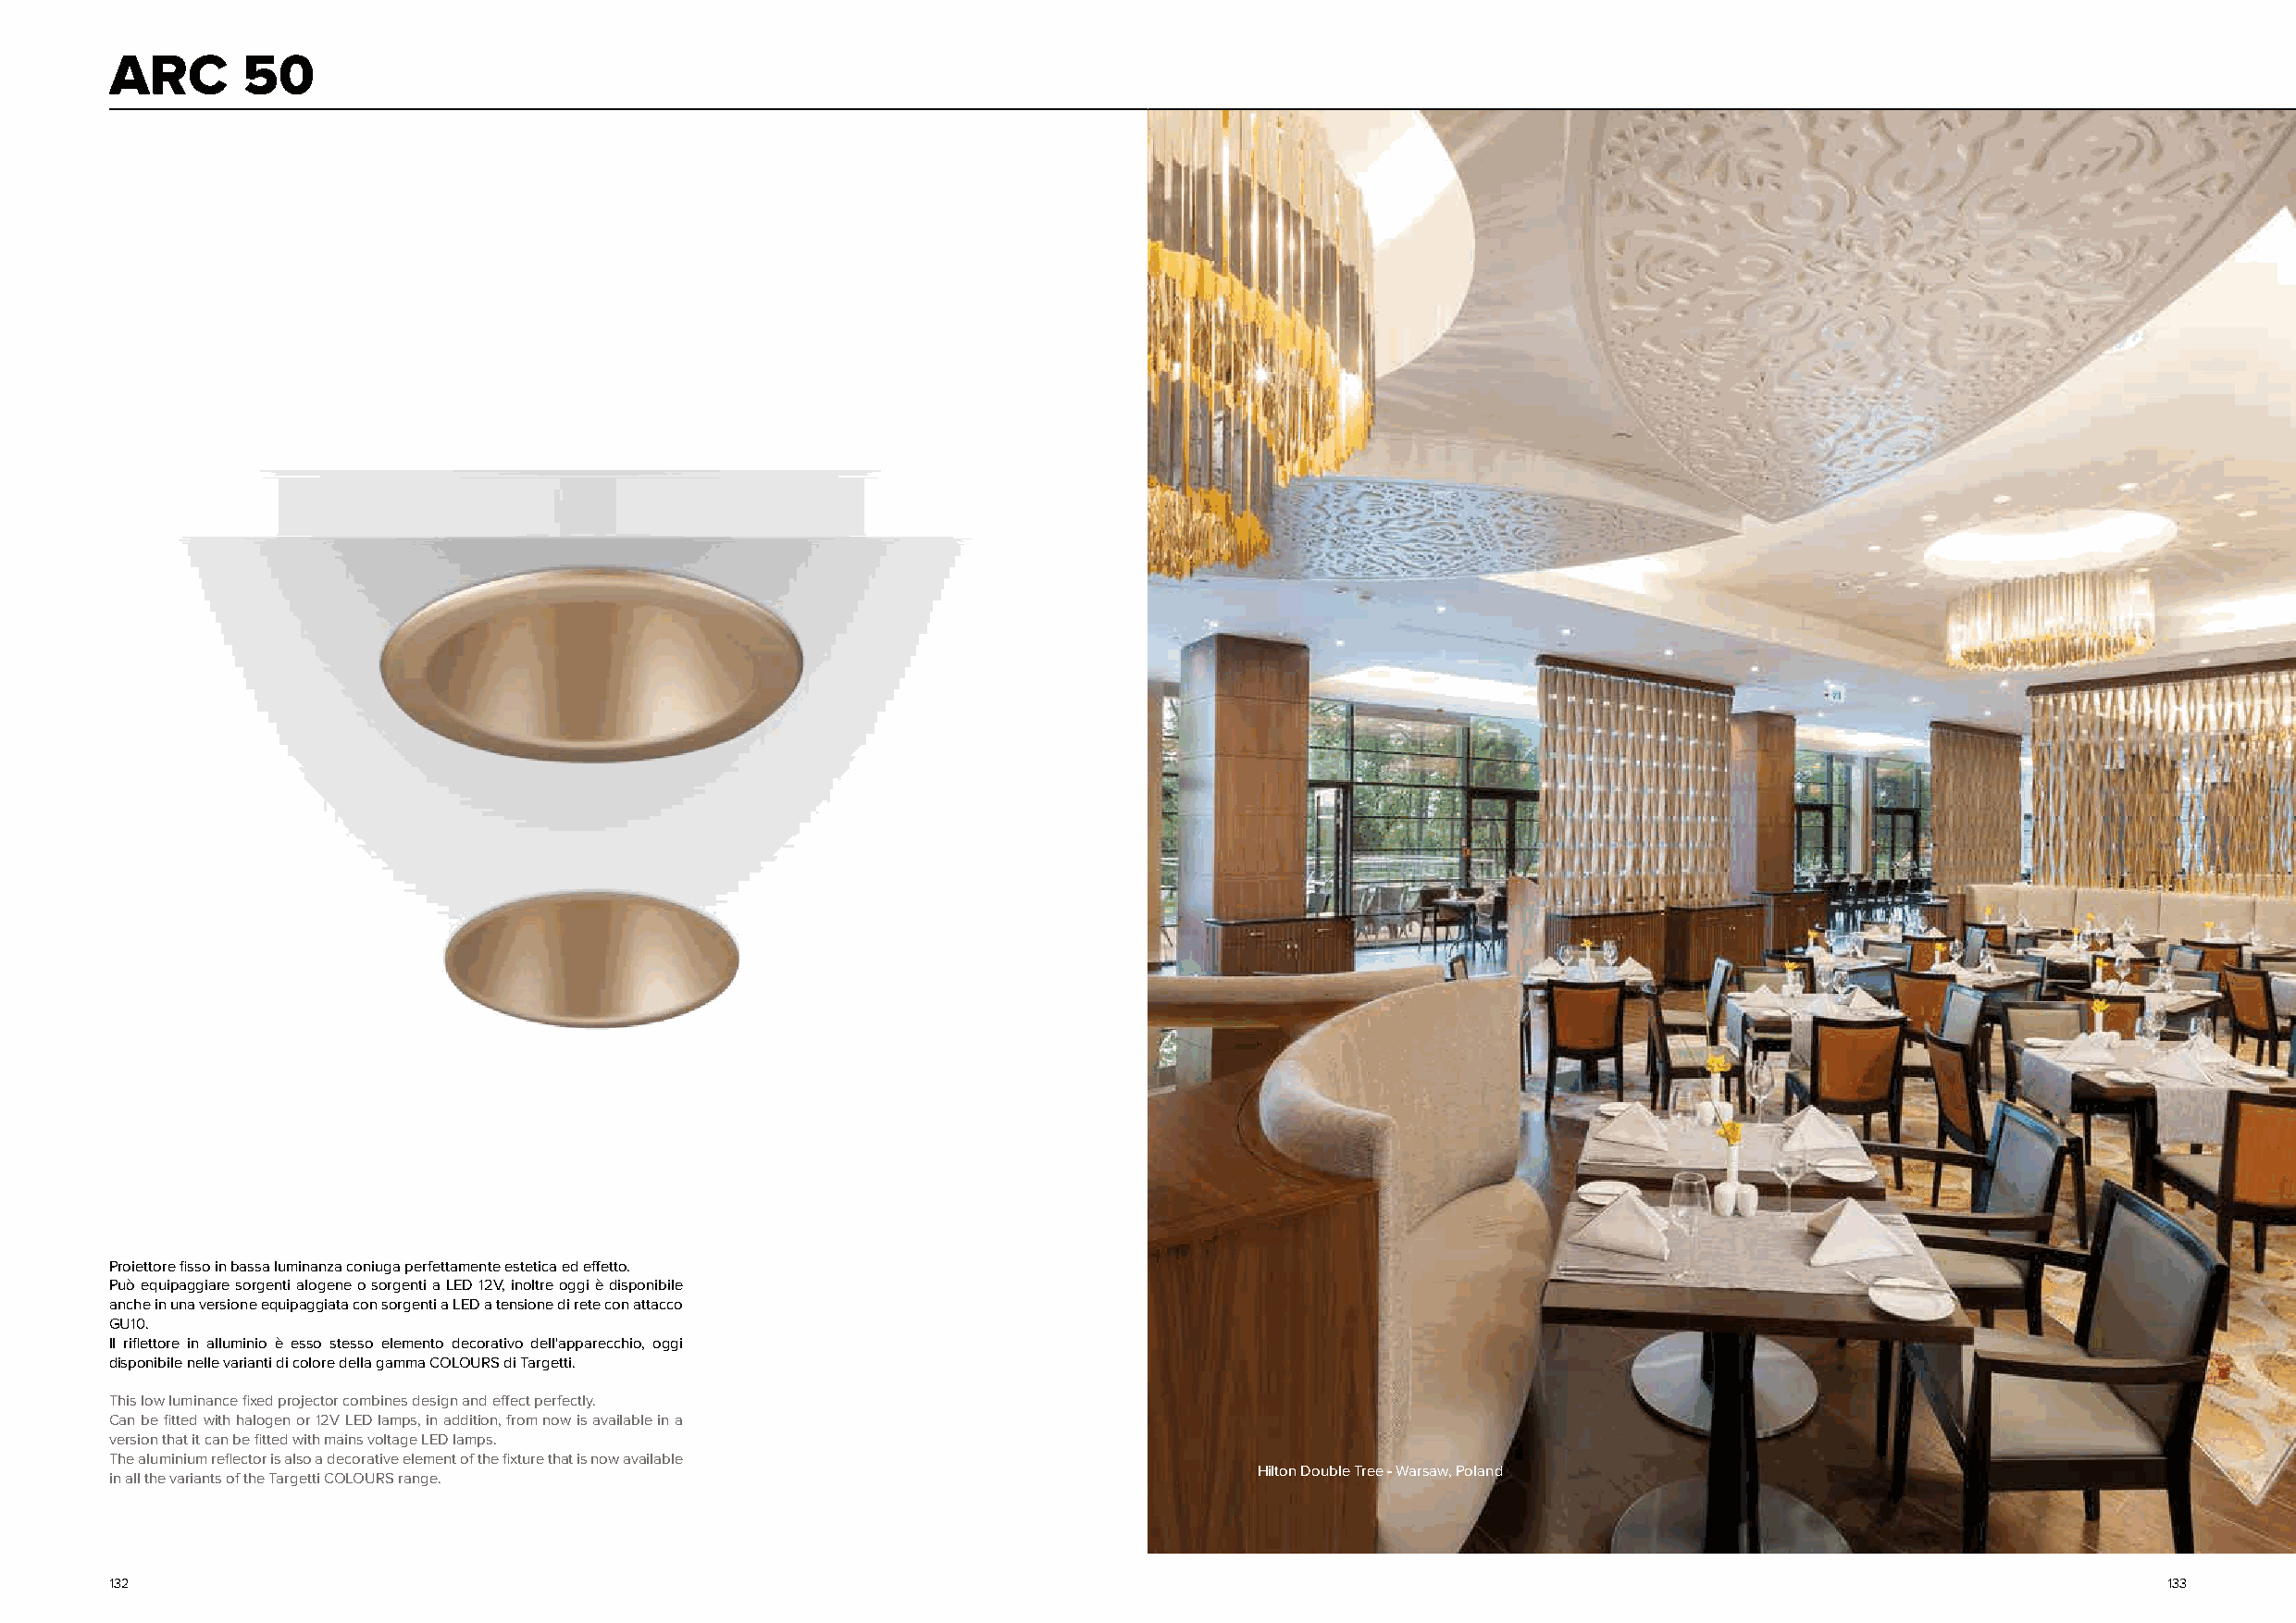
ARC      50
 Proiettore fisso in bassa luminanza coniuga perfettamente estetica ed effetto.
 Può equipaggiare sorgenti alogene o sorgenti a LED 12V, inoltre oggi è disponibile
 anche in una versione equipaggiata con sorgenti a LED a tensione di rete con attacco
 GU10.
 Il riflettore in alluminio è esso stesso elemento decorativo dell'apparecchio, oggi
 disponibile nelle varianti di colore della gamma COLOURS di Targetti.
 This low luminance fixed projector combines design and effect perfectly.
 Can be fitted with halogen or 12V LED lamps, in addition, from now is available in a
 version that it can be fitted with mains voltage LED lamps.
 The aluminium reflector is also a decorative element of the fixture that is now available
 Hilton Double Tree - Warsaw, Poland
 in all the variants of the Targetti COLOURS range.
 132                                                                                                                                                133